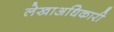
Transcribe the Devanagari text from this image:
लेखाअधिकारी